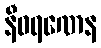
နီဝရဏေန